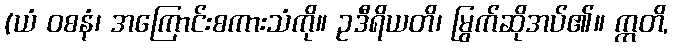
(ယံ ဝစနံ၊ အကြောင်းစကားသံကို။ ဥဒီရိယတိ၊ မြွက်ဆိုအပ်၏။ ဣတိ,